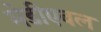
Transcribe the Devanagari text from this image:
मेडीएवल